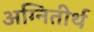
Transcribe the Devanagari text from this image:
अग्‍नितीर्थ